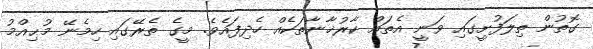
ގޮތުން ތިލަފުށީގައި ވަނީ އެތައް ކާރުޚާނާތަކެއް ހެދިފައެވެ. މީގެ ތެރޭގައި ހިމެނޭ މުޙިއްމު